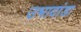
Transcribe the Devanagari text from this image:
उभादांडा